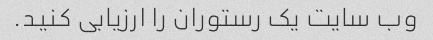
وب سایت یک رستوران را ارزیابی کنید.